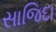
સાજિદા